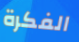
الفكرة